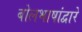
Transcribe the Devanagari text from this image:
बोलभाषांद्वारे